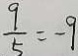
\frac { 9 } { 5 } = - 9